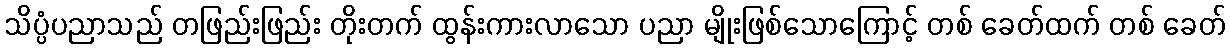
သိပ္ပံပညာသည် တဖြည်းဖြည်း တိုးတက် ထွန်းကားလာသော ပညာ မျိုးဖြစ်သောကြောင့် တစ် ခေတ်ထက် တစ် ခေတ်